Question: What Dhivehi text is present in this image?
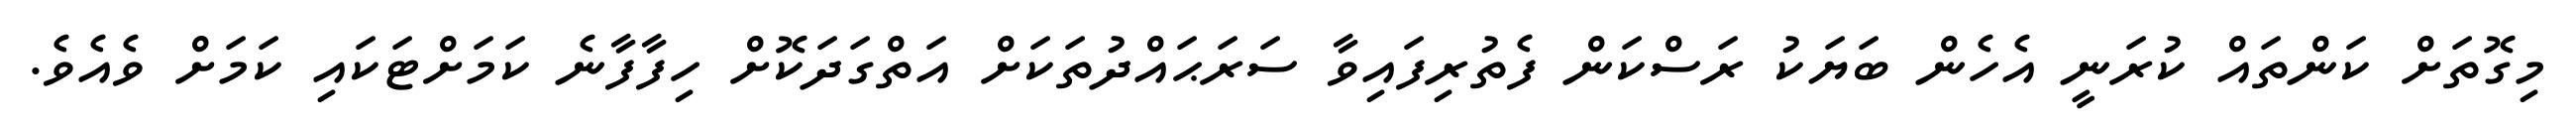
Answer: މިގޮތަށް ކަންތައް ކުރަނީ އެހެން ބަޔަކު ރަސްކަން ފެތުރިފައިވާ ސަރަޙައްދުތަކަށް އަތްގަދަކޮށް ހިފާފާނެ ކަމަށްޓަކައި ކަމަށް ވެއެވެ.